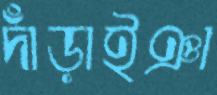
দাঁড়াইঞা